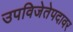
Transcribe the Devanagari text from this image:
उपविजेतेपदावर